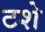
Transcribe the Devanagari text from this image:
टशे